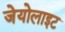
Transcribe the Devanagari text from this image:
जेयोलाइट